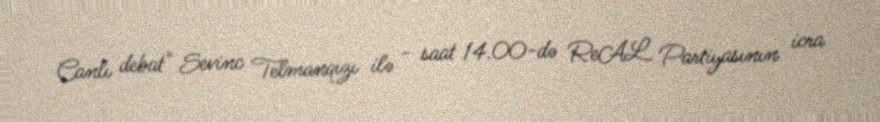
Canlı debat" Sevinc Telmanqızı ilə - saat 14.00-də ReAL Partiyasının icra